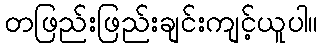
တဖြည်းဖြည်းချင်းကျင့်ယူပါ။